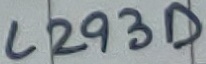
Text: L293D